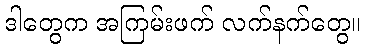
ဒါတွေက အကြမ်းဖက် လက်နက်တွေ။